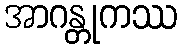
အာဂန္တုကဿ